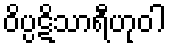
ဝိပ္ပဋိသာရီဟုဝါ